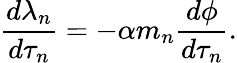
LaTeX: \frac{d\lambda_{n}}{d\tau_{n}}=-\alpha m_{n}\frac{d\phi}{d\tau_{n}}.